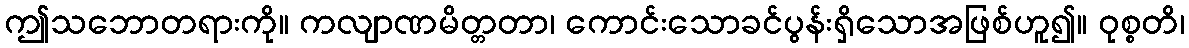
ဤသဘောတရားကို။ ကလျာဏမိတ္တတာ၊ ကောင်းသောခင်ပွန်းရှိသောအဖြစ်ဟူ၍။ ဝုစ္စတိ၊